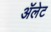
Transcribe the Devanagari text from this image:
ॲलेट